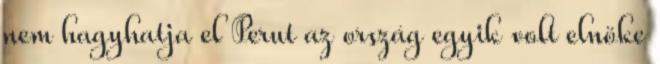
nem hagyhatja el Perut az ország egyik volt elnöke